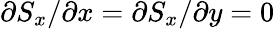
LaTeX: \partial S_{x}/\partial x=\partial S_{x}/\partial y=0